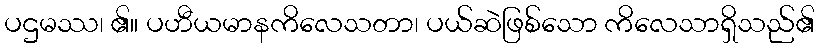
ပဌမဿ၊ ၏။ ပဟီယမာနကိလေသတာ၊ ပယ်ဆဲဖြစ်သော ကိလေသာရှိသည်၏